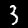
Label: 3